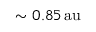
\sim 0 . 8 5 \, \mathrm { a u }